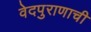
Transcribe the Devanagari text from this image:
वेदपुराणाची